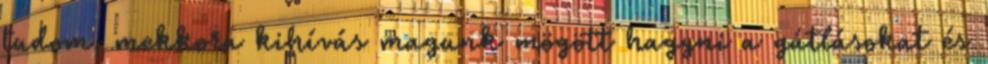
tudom, mekkora kihívás magunk mögött hagyni a gátlásokat és